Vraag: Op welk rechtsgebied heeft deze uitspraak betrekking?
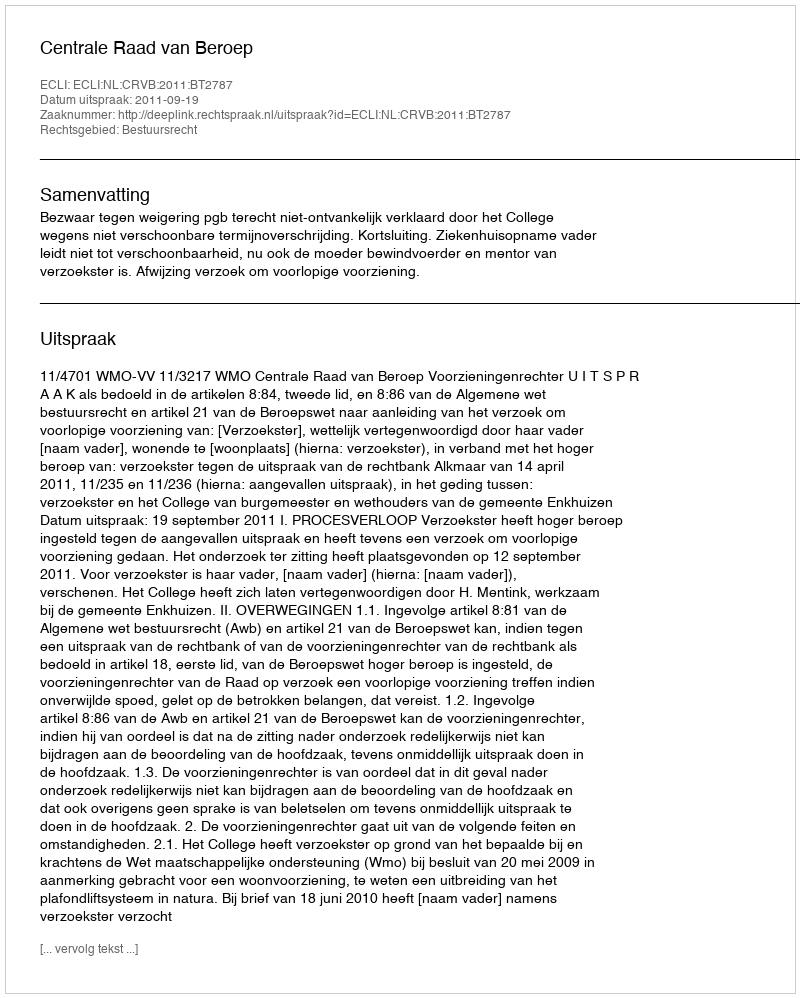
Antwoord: Bestuursrecht